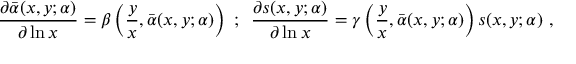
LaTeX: \frac { \partial \bar { \alpha } ( x , y ; \alpha ) } { \partial \ln x } = \beta \left( \frac { y } { x } , \bar { \alpha } ( x , y ; \alpha ) \right) \, \, ; \, \, \, \frac { \partial s ( x , y ; \alpha ) } { \partial \ln x } = \gamma \left( \frac { y } { x } , \bar { \alpha } ( x , y ; \alpha ) \right) s ( x , y ; \alpha ) ~ ,